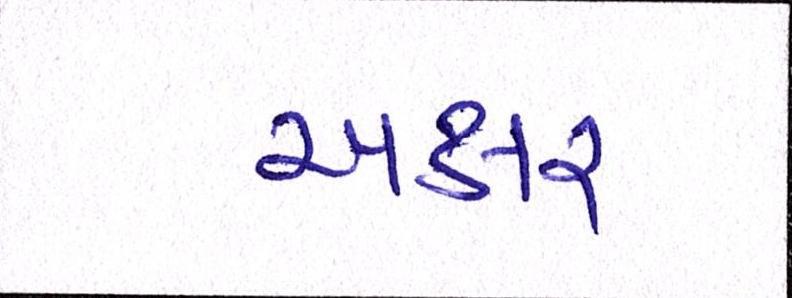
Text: અક્ષર